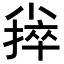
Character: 𪨃